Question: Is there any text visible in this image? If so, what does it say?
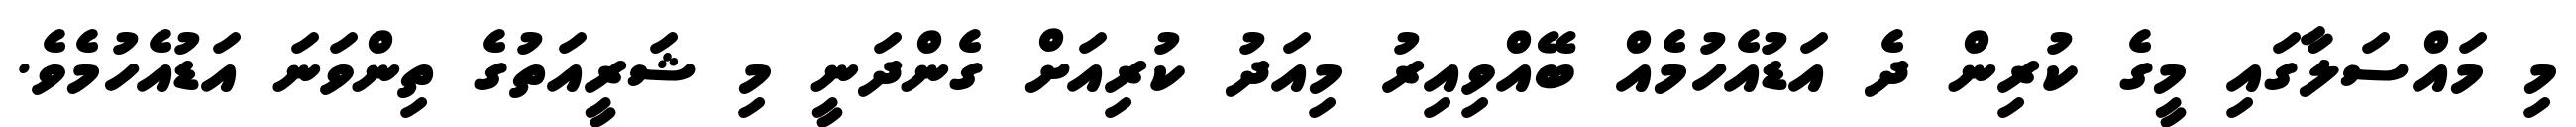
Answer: މި މައްސަލާގައި މީގެ ކުރިން ދެ އަޑުއެހުމެއް ބޭއްވިއިރު މިއަދު ކުރިއަށް ގެންދަނީ މި ޝަރީއަތުގެ ތިންވަނަ އަޑުއެހުމެވެ.